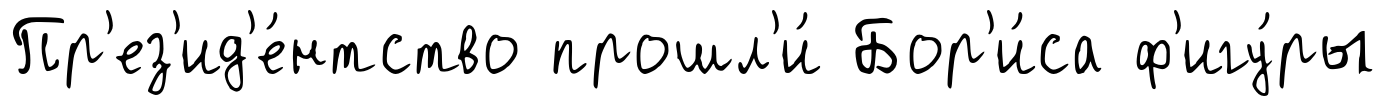
Пр'ез'ид'е́нтство прошл'и́ Бор'и́са ф'игу́ры